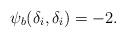
LaTeX: \begin{align*} \psi_b(\delta_i,\delta_i)=-2.\end{align*}